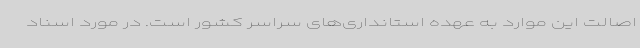
اصالت این موارد به عهده استانداری‌های سراسر کشور است. در مورد اسناد